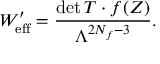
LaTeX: W _ { \mathrm { e f f } } ^ { \prime } = \frac { \operatorname * { d e t } T \cdot f ( Z ) } { \Lambda ^ { 2 N _ { f } - 3 } } .